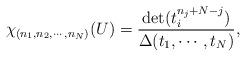
LaTeX: \begin{align*}\chi_{(n_1,n_2,\cdots,n_N)} (U) = \frac{\det ( t_i^{n_j+N-j})}{\Delta (t_1, \cdots, t_N)},\end{align*}